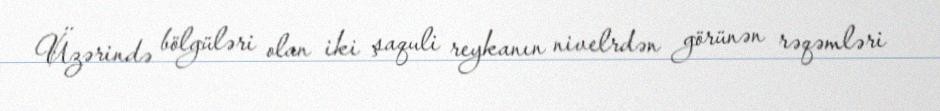
Üzərində bölgüləri olan iki şaquli reykanın nivelrdən görünən rəqəmləri